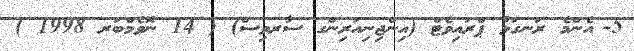
5-	އެންމެ ރަނގަޅު ޕްރައިވެޓް (އިންޖިނިއަރިންގ ސާރވިސް) ( 14 ނޮވެމްބަރ 1998 )